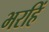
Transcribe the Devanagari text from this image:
भरहिं